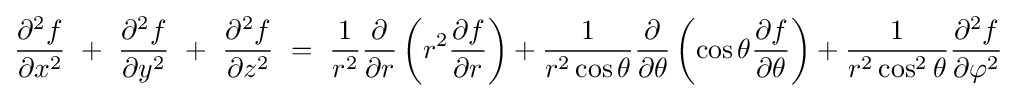
{\frac {\partial ^{2}f}{\partial x^{2}}}\ +\ {\frac {\partial ^{2}f}{\partial y^{2}}}\ +\ {\frac {\partial ^{2}f}{\partial z^{2}}}\ =\ {1 \over r^{2}}{\partial  \over \partial r}\left(r^{2}{\partial f \over \partial r}\right)+{1 \over r^{2}\cos \theta }{\partial  \over \partial \theta }\left(\cos \theta {\partial f \over \partial \theta }\right)+{1 \over r^{2}\cos ^{2}\theta }{\partial ^{2}f \over \partial \varphi ^{2}}